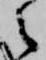
之